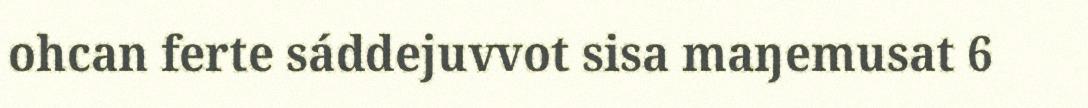
ohcan ferte sáddejuvvot sisa maŋemusat 6